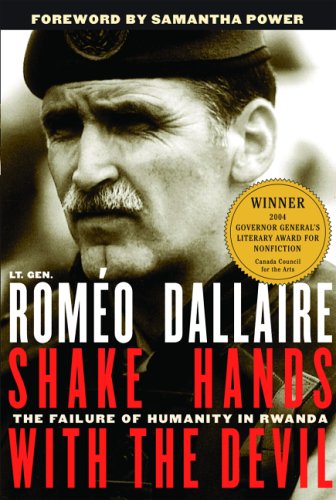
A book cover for Shake Hands with the Devil: The Failure of Humanity in Rwanda; RomÃ©o Dallaire; Law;